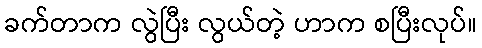
ခက်တာက လွဲပြီး လွယ်တဲ့ ဟာက စပြီးလုပ်။